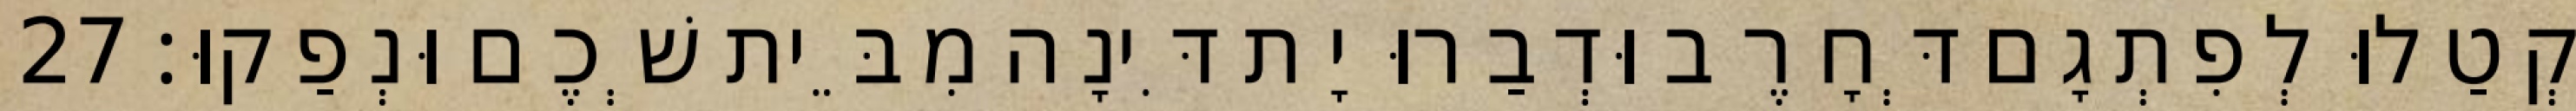
קְטַלוּ לְפִתְגָם דְּחָרֶב וּדְבַרוּ יָת דִּינָה מִבֵּית שְׁכֶם וּנְפַקוּ׃ 27